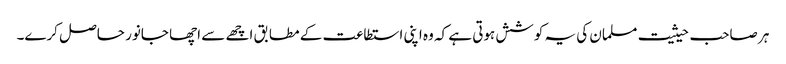
ہر صاحب حیثیت مسلمان کی یہ کوشش ہوتی ہے کہ وہ اپنی استطاعت کے مطابق اچھے سے اچھا جانور حاصل کرے۔